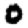
Digit: 0